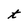
Character: t